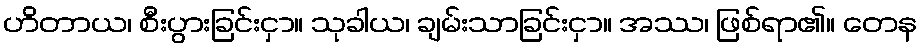
ဟိတာယ၊ စီးပွားခြင်းငှာ။ သုခါယ၊ ချမ်းသာခြင်းငှာ။ အဿ၊ ဖြစ်ရာ၏။ တေန